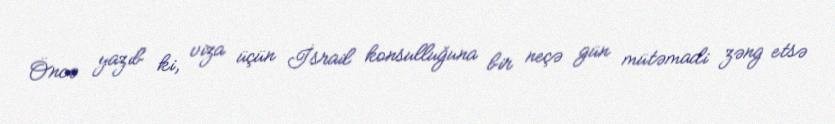
Öncə yazıb ki, viza üçün İsrail konsulluğuna bir neçə gün mütəmadi zəng etsə